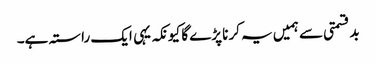
بدقسمتی سے ہمیں یہ کرنا پڑے گا کیونکہ یہی ایک راستہ ہے۔